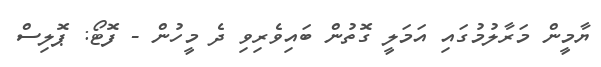
ޔާމީން މަރާލުމުގައި އަމަލީ ގޮތުން ބައިވެރިވި ދެ މީހުން - ފޮޓޯ: ޕޮލިސް